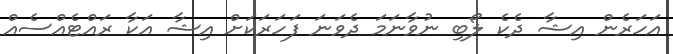
އަހަރެން އިޝާ ދެކެ ލޯބި ނުވާނަމަ ދެވަނަ ފަހަރަކަށް އިޝާ އަކާ ރައްޓެއްސެއް